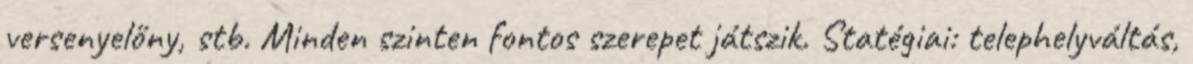
versenyelőny, stb. Minden szinten fontos szerepet játszik. Statégiai: telephelyváltás,